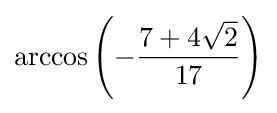
\arccos \left(-{\frac {7+4{\sqrt {2}}}{17}}\right)